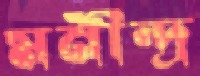
মনীন্দ্র